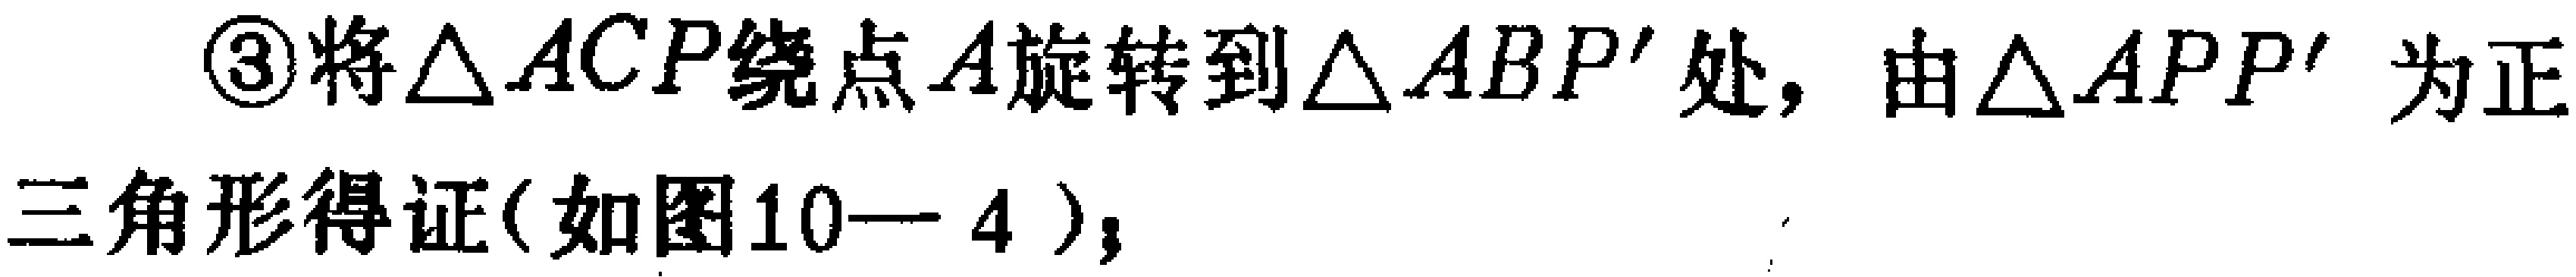
\textcircled{3}将\(\triangle ACP\)绕点\(A\)旋转到\(\triangle ABP'\)处，由\(\triangle APP'\)为正三角形得证(如图10—4)；